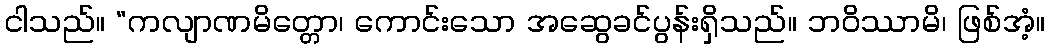
ငါသည်။ “ကလျာဏမိတ္တော၊ ကောင်းသော အဆွေခင်ပွန်းရှိသည်။ ဘဝိဿာမိ၊ ဖြစ်အံ့။